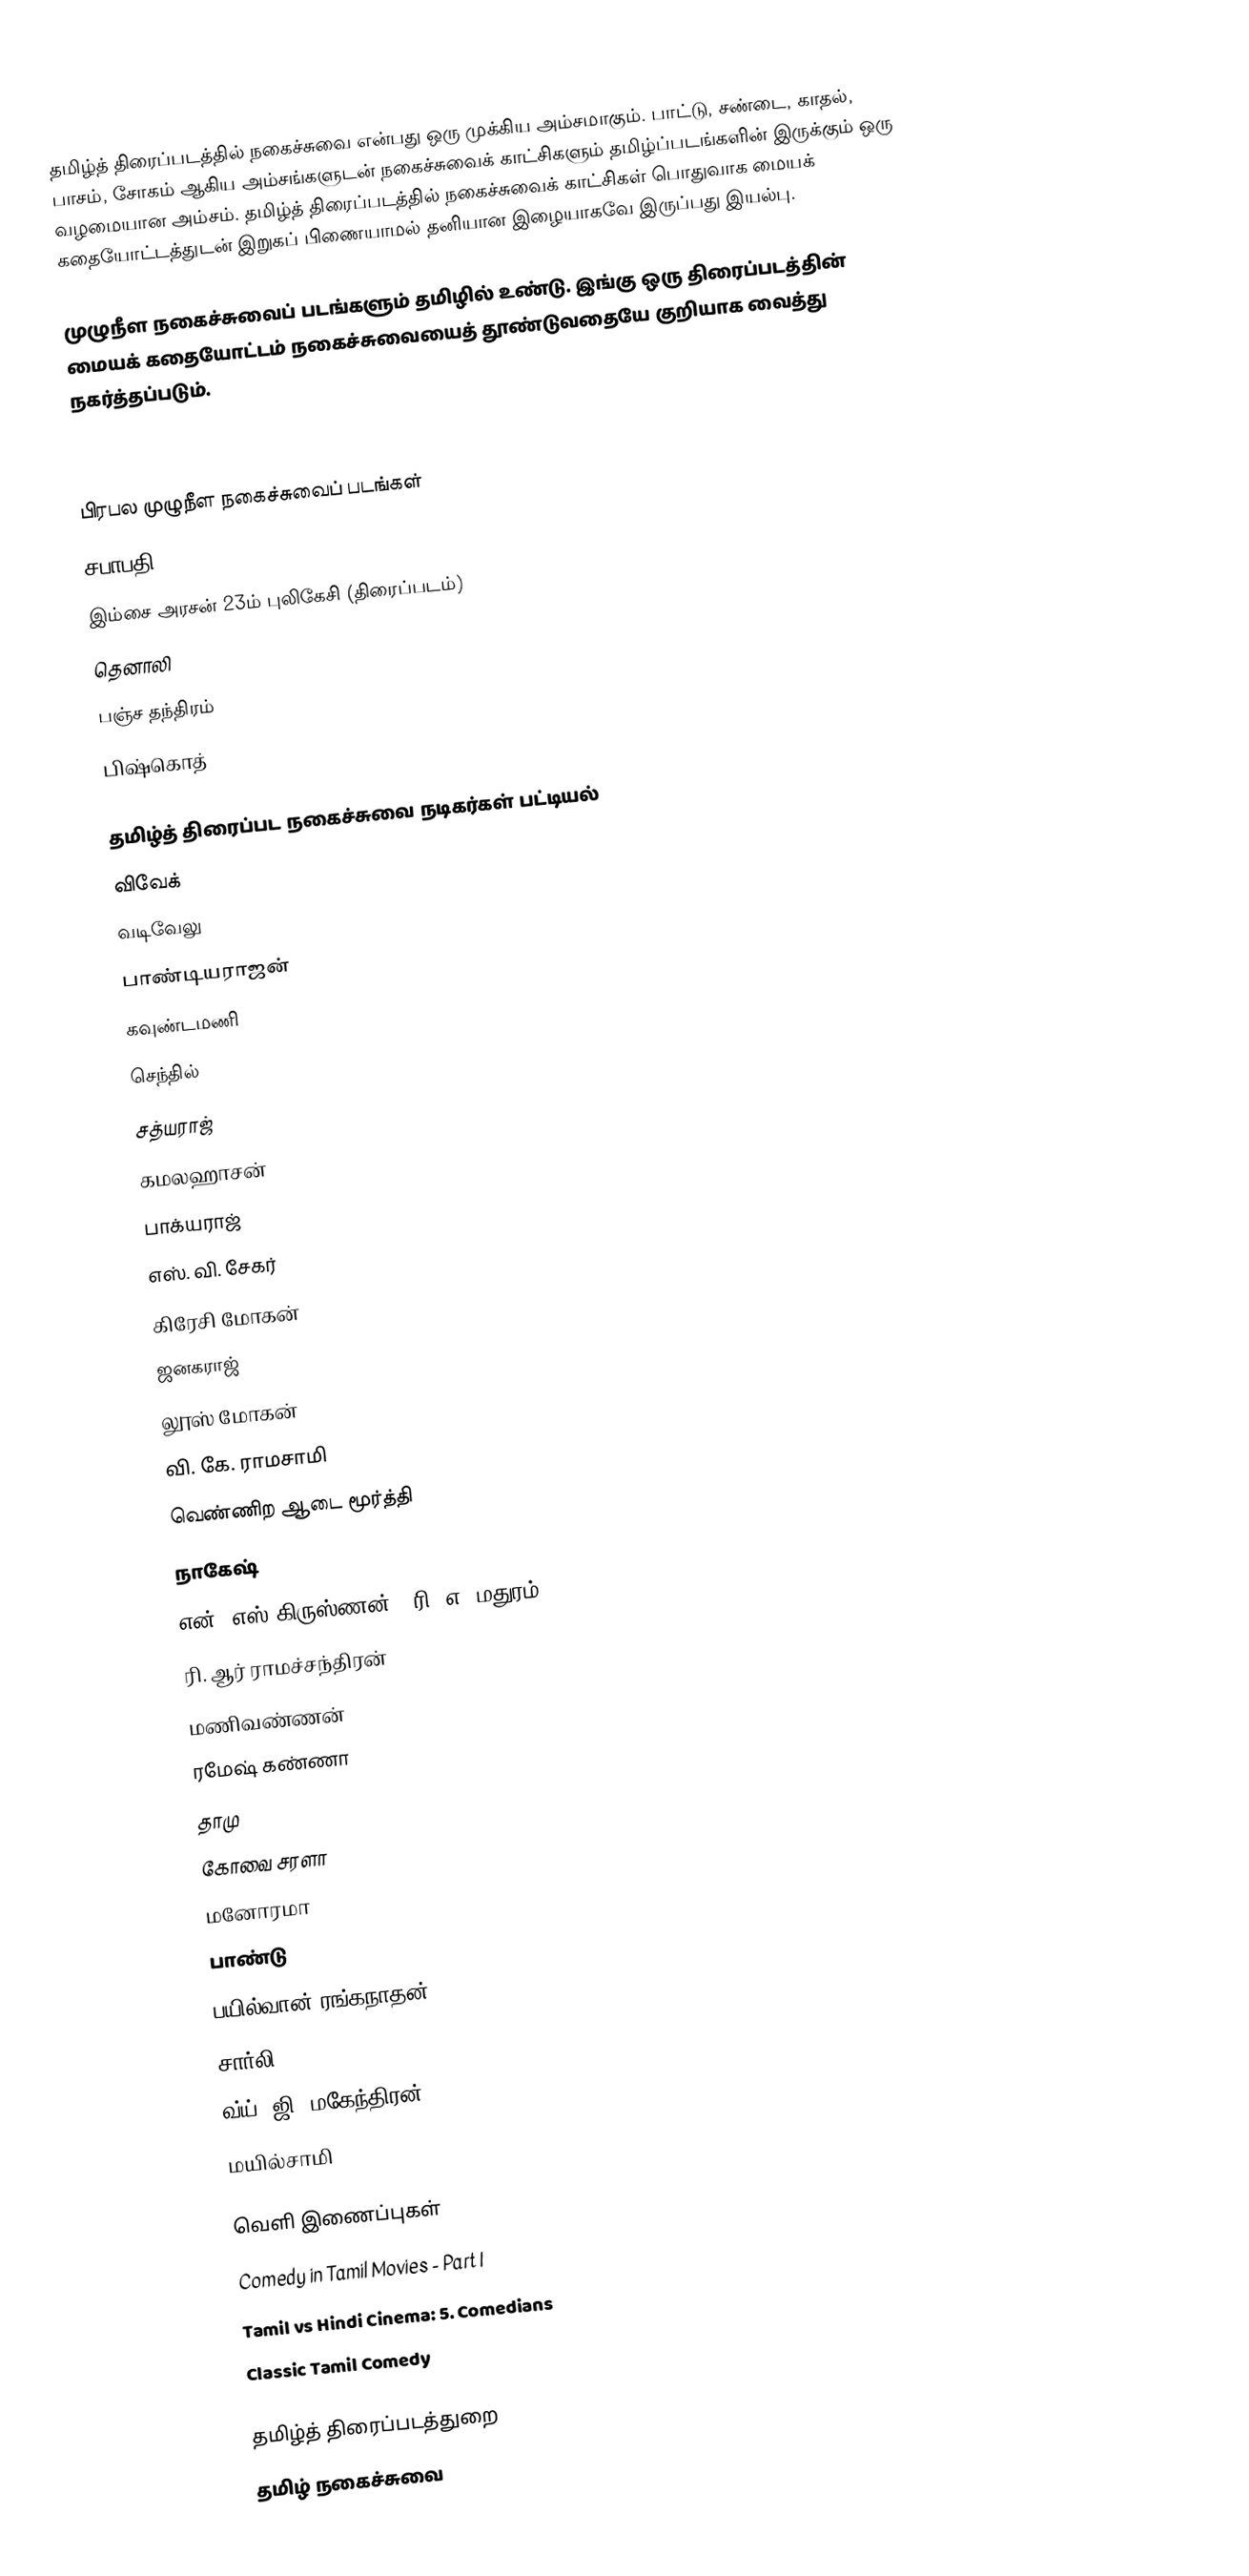
தமிழ்த் திரைப்படத்தில் நகைச்சுவை என்பது ஒரு முக்கிய அம்சமாகும்.  பாட்டு, சண்டை, காதல், பாசம், சோகம் ஆகிய அம்சங்களுடன் நகைச்சுவைக் காட்சிகளும் தமிழ்ப்படங்களின் இருக்கும் ஒரு வழமையான அம்சம்.  தமிழ்த் திரைப்படத்தில் நகைச்சுவைக் காட்சிகள் பொதுவாக மையக் கதையோட்டத்துடன் இறுகப் பிணையாமல் தனியான இழையாகவே இருப்பது இயல்பு.

முழுநீள நகைச்சுவைப் படங்களும் தமிழில் உண்டு. இங்கு ஒரு திரைப்படத்தின் மையக் கதையோட்டம் நகைச்சுவையைத் தூண்டுவதையே குறியாக வைத்து நகர்த்தப்படும்.

''

பிரபல முழுநீள நகைச்சுவைப் படங்கள்
 சபாபதி
 இம்சை அரசன் 23ம் புலிகேசி (திரைப்படம்)
 தெனாலி
 பஞ்ச தந்திரம்
 பிஷ்கொத்

தமிழ்த் திரைப்பட நகைச்சுவை நடிகர்கள் பட்டியல்
 விவேக்
 வடிவேலு
 பாண்டியராஜன்
 கவுண்டமணி
 செந்தில்
 சத்யராஜ்
 கமலஹாசன்
 பாக்யராஜ்
 எஸ். வி. சேகர்
 கிரேசி மோகன்
 ஜனகராஜ்
 லூஸ் மோகன்
 வி. கே. ராமசாமி
 வெண்ணிற ஆடை மூர்த்தி
 நாகேஷ்
 என். எஸ் கிருஸ்ணன் + ரி. எ. மதுரம்
 ரி. ஆர் ராமச்சந்திரன்
 மணிவண்ணன்
 ரமேஷ் கண்ணா
 தாமு
 கோவை சரளா
 மனோரமா
 பாண்டு
 பயில்வான் ரங்கநாதன்
 சார்லி
 வ்ய். ஜி. மகேந்திரன்
 மயில்சாமி

வெளி இணைப்புகள்
 Comedy in Tamil Movies - Part I
 Tamil vs Hindi Cinema: 5. Comedians
 Classic Tamil Comedy

தமிழ்த் திரைப்படத்துறை
தமிழ் நகைச்சுவை